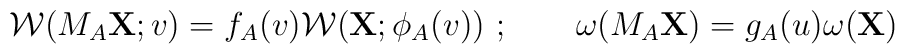
{\cal W}(M_A{\bf X};v)=f_A(v) {\cal W}({\bf X} ;\phi_A(v))\ ;\qquad \omega(M_A{\bf X} ) =   g_A(u)\omega({\bf X})